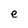
Character: e